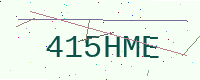
Text: 415HME